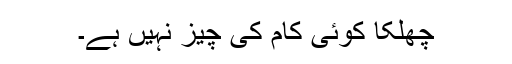
چھلکا کوئی کام کی چیز نہیں ہے۔